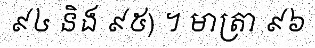
៩៤ និង ៩៥) ។ មាត្រា ៩៦